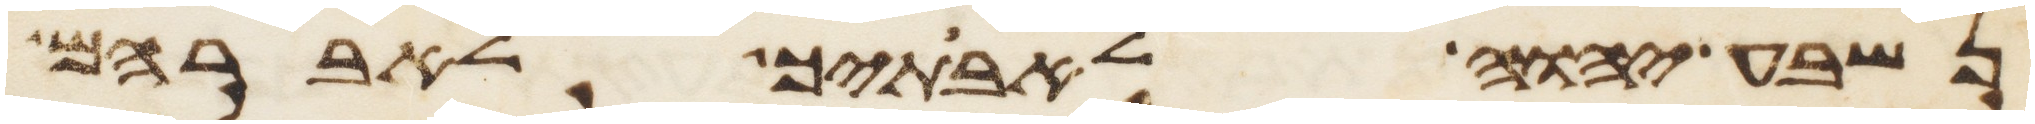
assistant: נשבע יהוה לאבתיך לאברהם